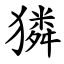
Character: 獜